65_HS1-834228961_62-HQ-83894_Section_3
Agency: FBI
Page 142
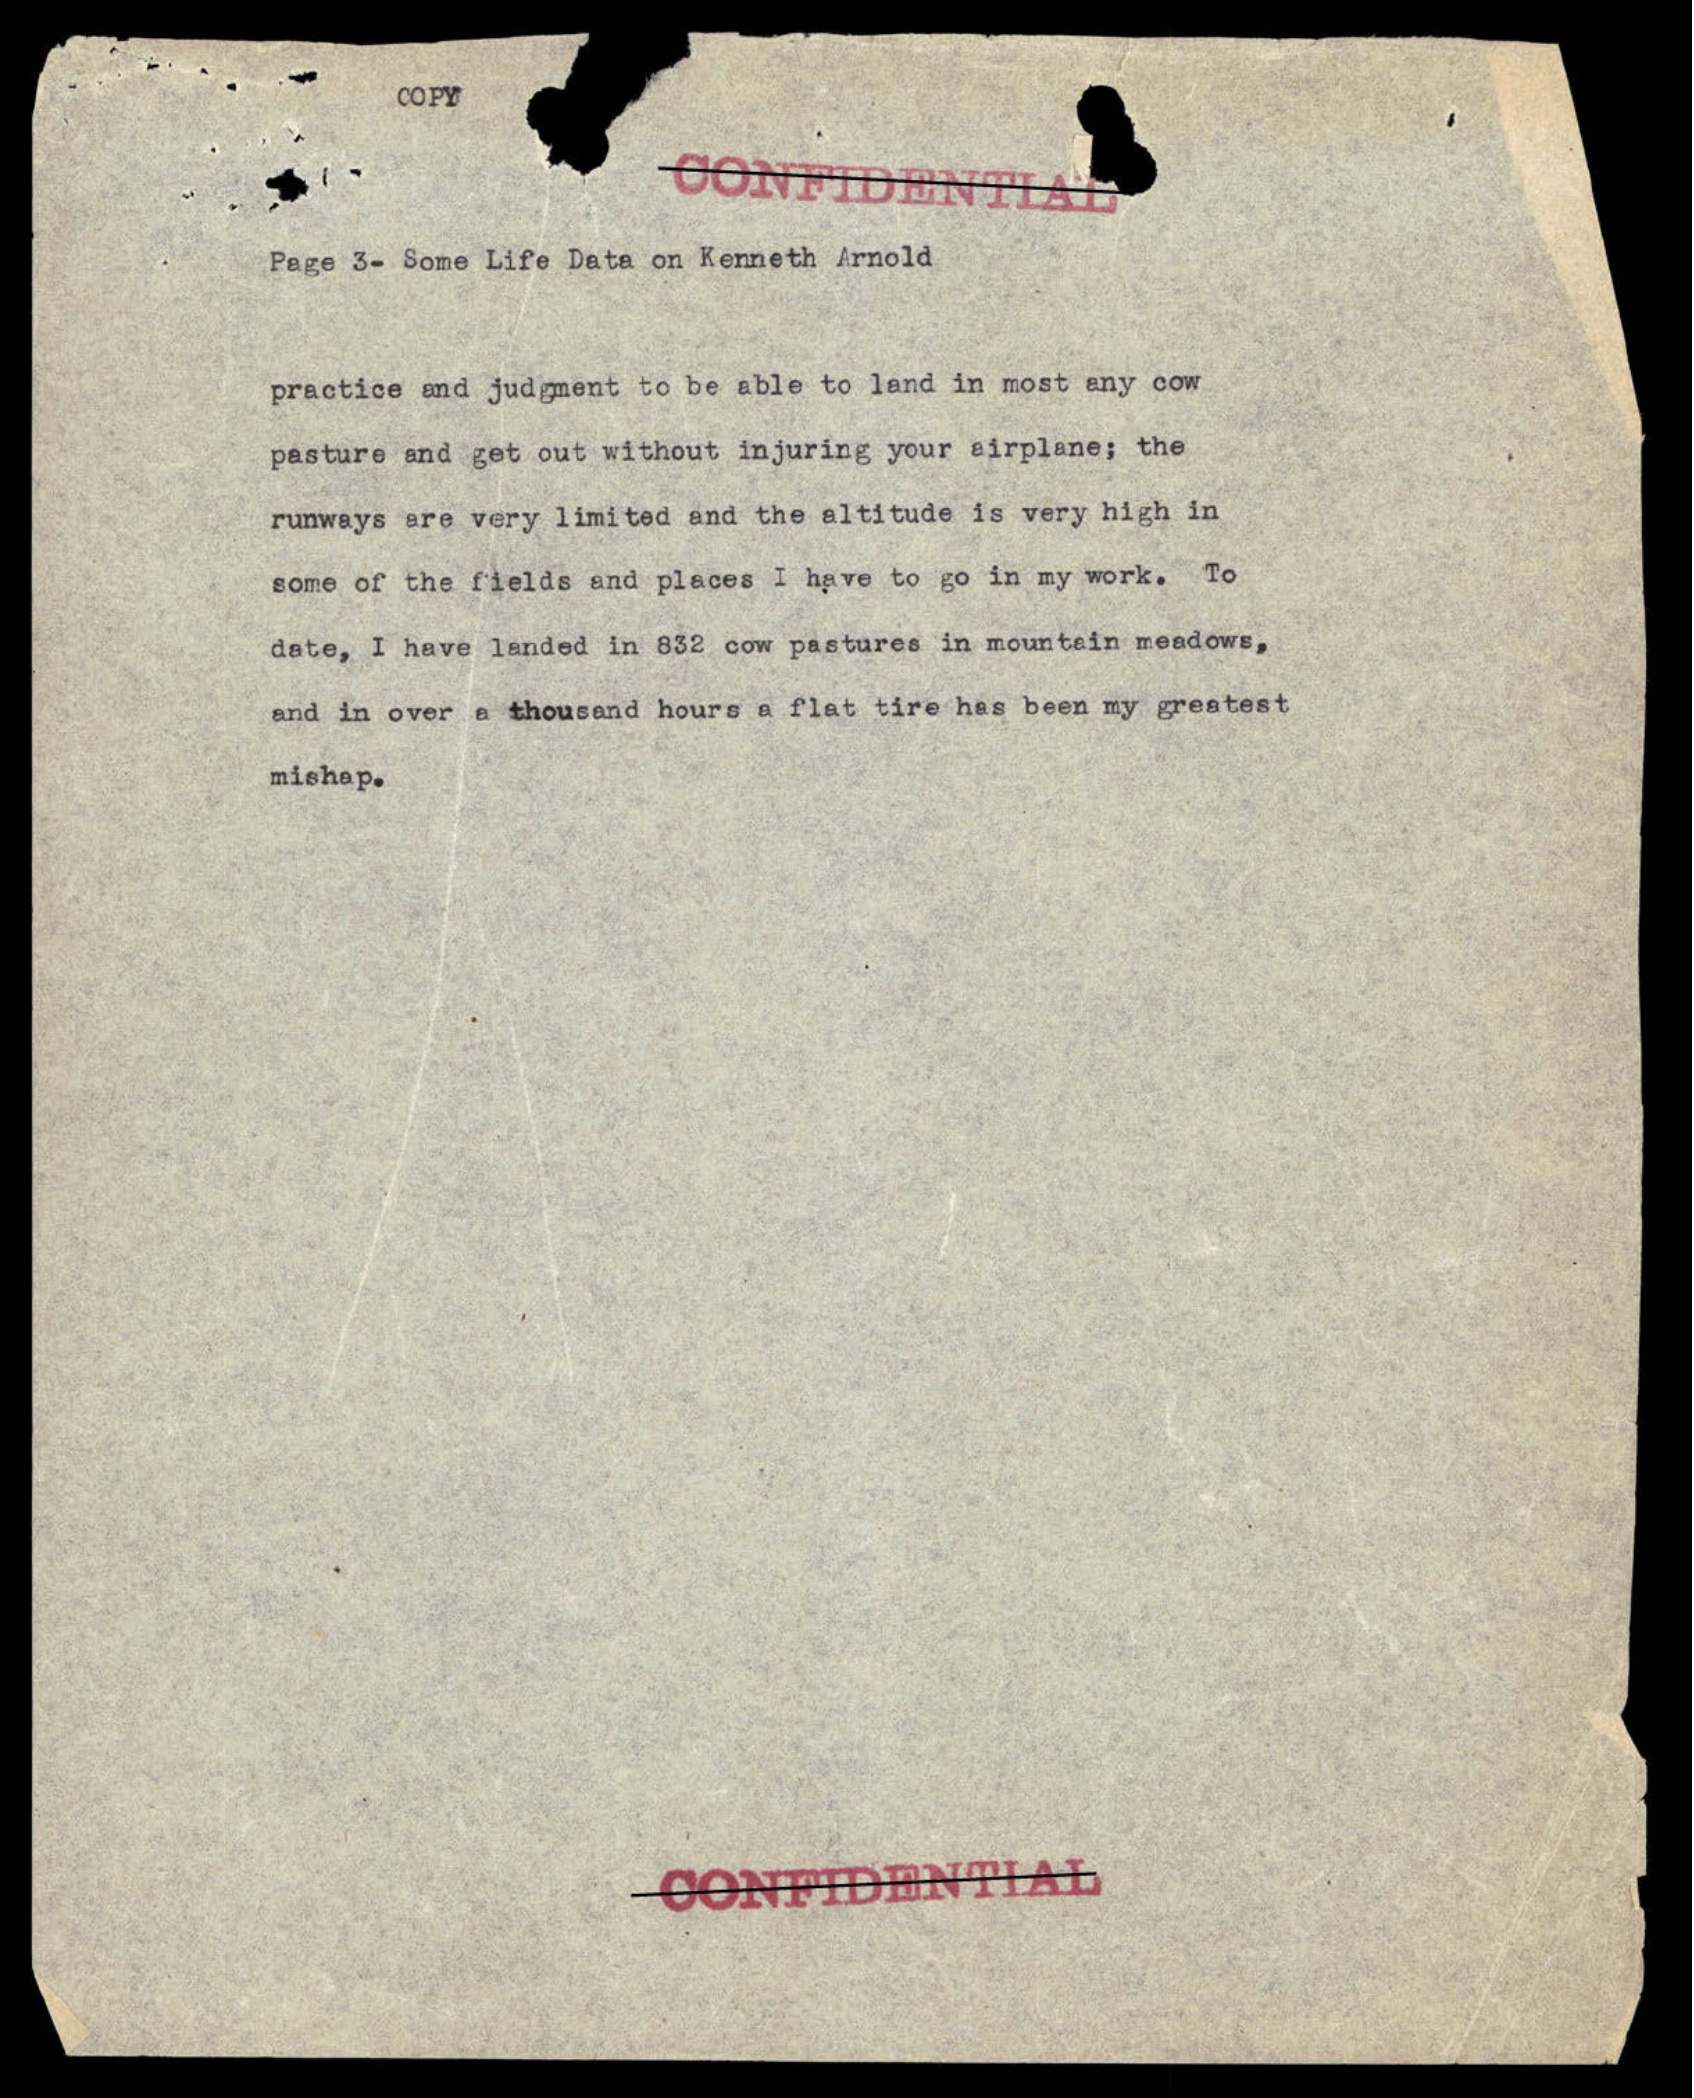